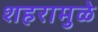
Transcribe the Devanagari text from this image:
शहरामुळे